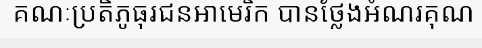
គណៈប្រតិភូធុរជនអាមេរិក បានថ្លែងអំណរគុណ